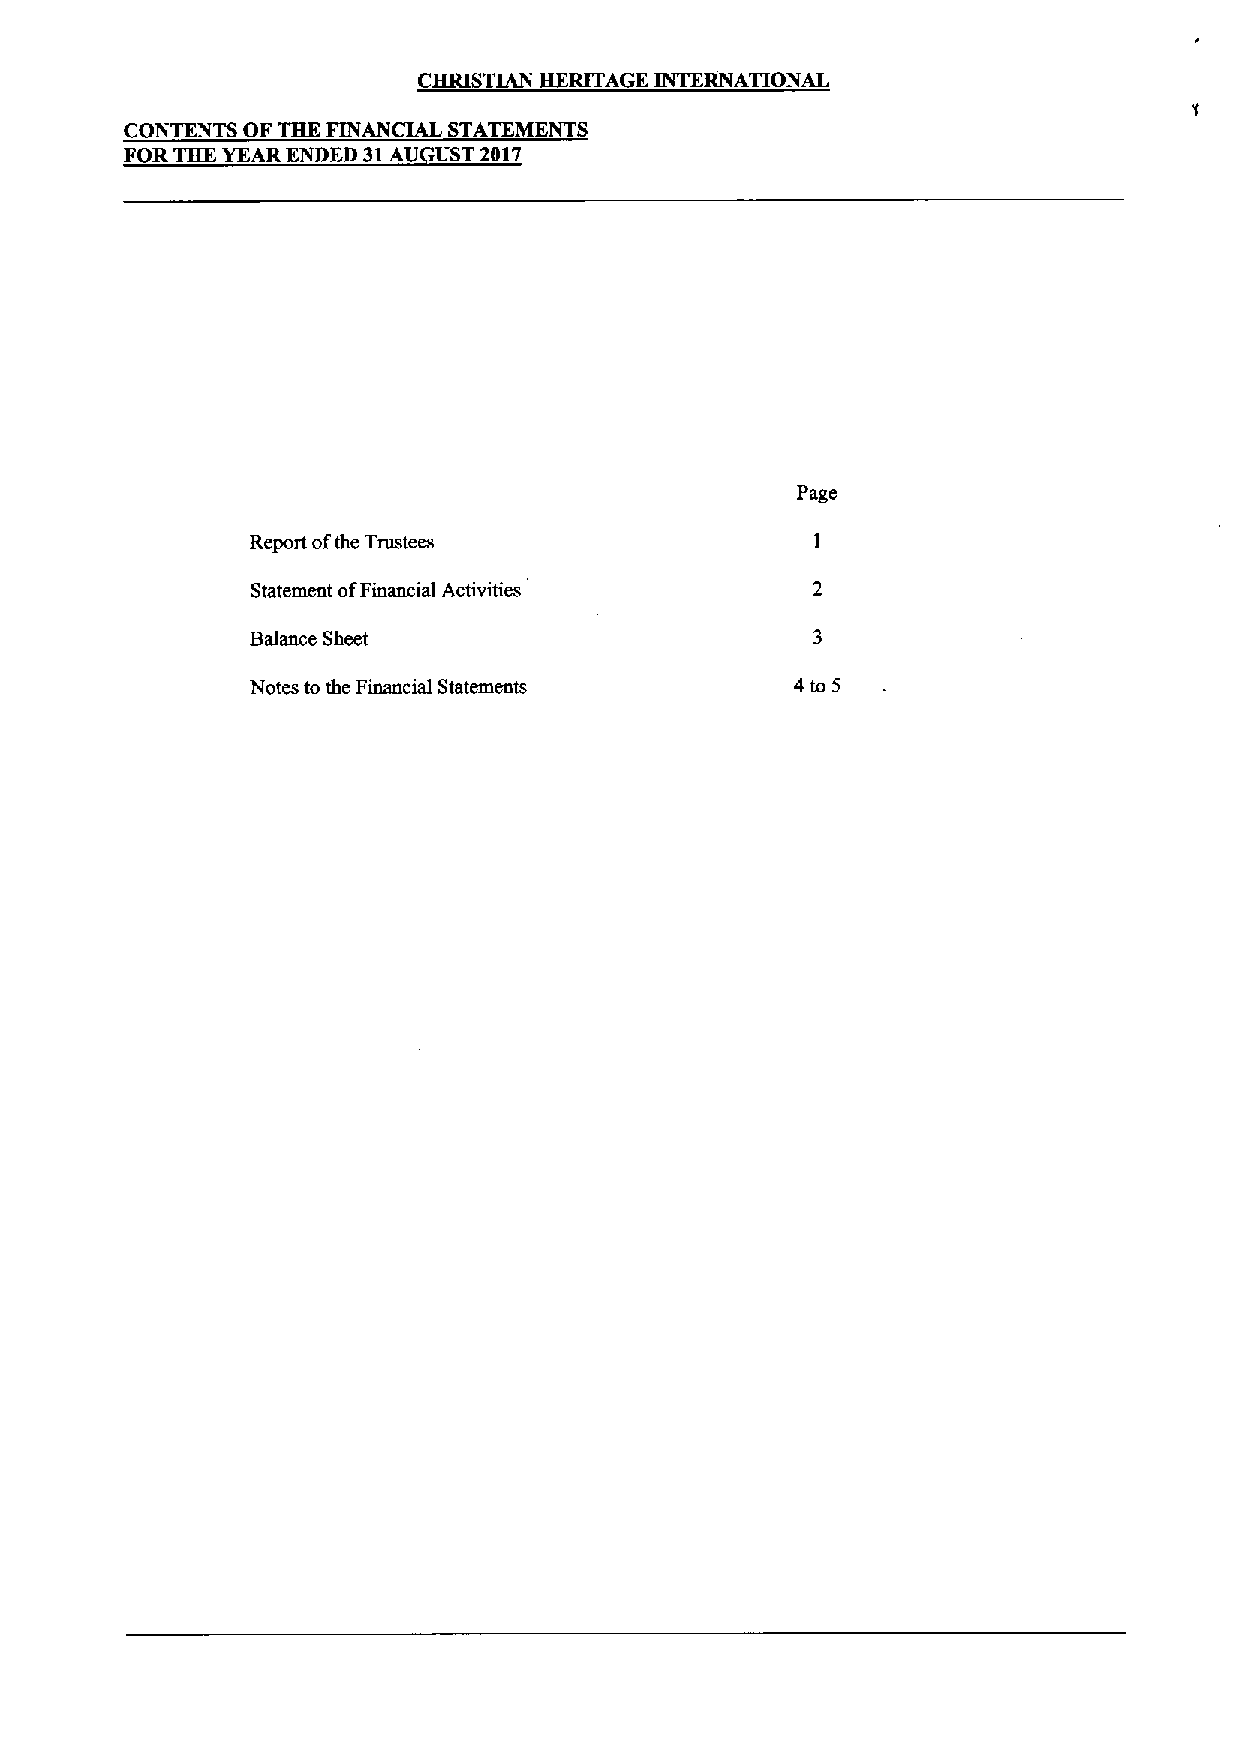
CHRISTIAN HERITAGE INTERNATIONAL
 CONTENTS OF THE FINANCIAL STATEMENTS
 FOR THE YEAR ENDED 31AU UST 2017
 Page
 Report ofthe Trustees
 Statement ofFinancial Activities
 Balance Sheet
 Notes to the Financial Statements   4 to 5